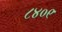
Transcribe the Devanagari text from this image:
८४०९